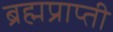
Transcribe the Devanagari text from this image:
ब्रह्मप्राप्ती